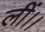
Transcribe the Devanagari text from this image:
लीं।।